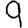
Digit: 9